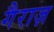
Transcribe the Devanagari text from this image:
गैराज़